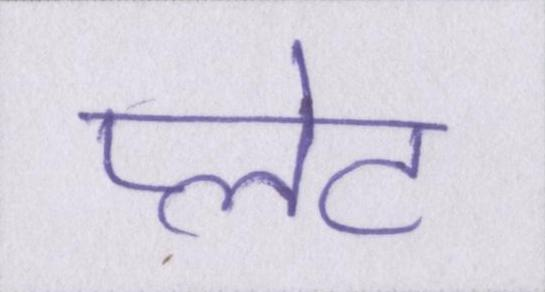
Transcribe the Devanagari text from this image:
प्लेट